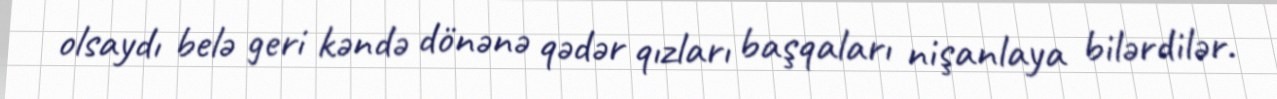
olsaydı belə geri kəndə dönənə qədər qızları başqaları nişanlaya bilərdilər.